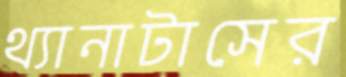
থ্যানাটাসের